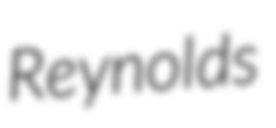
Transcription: Reynolds